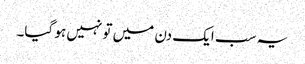
یہ سب ایک دن میں تو نہیں ہو گیا۔